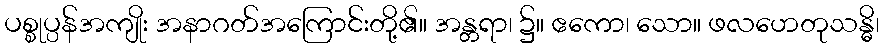
ပစ္စုပ္ပန်အကျိုး အနာဂတ်အကြောင်းတို့၏။ အန္တရာ၊ ၌။ ဧကော၊ သော။ ဖလဟေတုသန္ဓိ၊